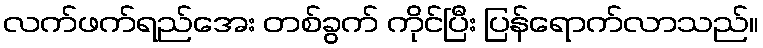
လက်ဖက်ရည်အေး တစ်ခွက် ကိုင်ပြီး ပြန်ရောက်လာသည်။